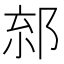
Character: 𨛧